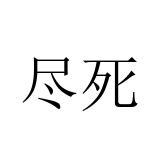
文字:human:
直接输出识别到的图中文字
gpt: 尽死